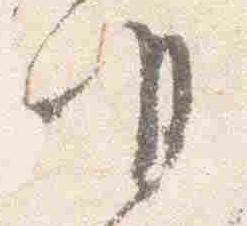
明